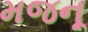
મજનૂ